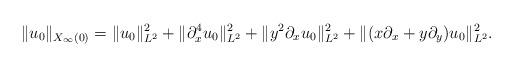
LaTeX: \begin{align*}\|u_0\|_{X_\infty(0)} = \|u_0\|_{L^2}^2 + \|\partial_x^4u_0\|_{L^2}^2 + \|y^2\partial_xu_0\|_{L^2}^2 + \|(x\partial_x + y\partial_y)u_0\|_{L^2}^2.\end{align*}